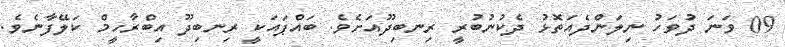
09 ވަނަ ދުވަހު ނިލަންދެއަތޮޅު ދެކުނުބުރީ ރިނބިދޫއަށެވެ. ބައްޕައަކީ ރިނބިދޫ އިބްރާހީމް ކަލޭފާނެވެ.